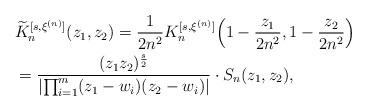
LaTeX: \begin{align*} & \widetilde{K}_n^{[s, \xi^{(n)}]} (z_1, z_2) = \frac{1}{2 n^2} K_n^{[s, \xi^{(n)}]} \Big( 1 - \frac{z_1}{2 n^2}, 1 - \frac{z_2}{2 n^2}\Big) \\ & = \frac{(z_1 z_2)^{\frac{s}{2}}}{\left| \prod_{i=1}^m (z_1 - w_i) (z_2 - w_i )\right|} \cdot S_n(z_1, z_2), \end{align*}